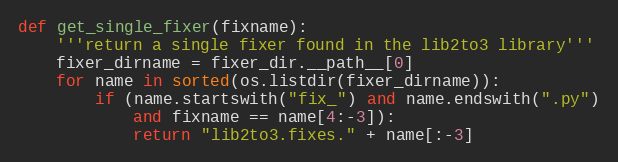
Language: Python
def get_single_fixer(fixname):
    '''return a single fixer found in the lib2to3 library'''
    fixer_dirname = fixer_dir.__path__[0]
    for name in sorted(os.listdir(fixer_dirname)):
        if (name.startswith("fix_") and name.endswith(".py")
            and fixname == name[4:-3]):
            return "lib2to3.fixes." + name[:-3]